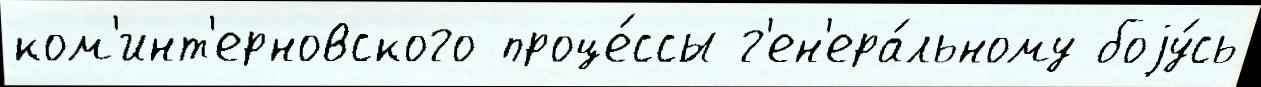
ком'инт'ерновского проце́ссы г'ен'ера́льному боjу́сь